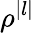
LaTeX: \rho^{|l|}